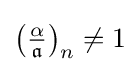
\left({\tfrac {\alpha }{\mathfrak {a}}}\right)_{n}\neq 1